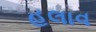
હલાવ